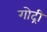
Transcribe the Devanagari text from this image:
गोद्री